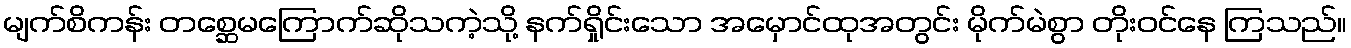
မျက်စိကန်း တစ္ဆေမကြောက်ဆိုသကဲ့သို့ နက်ရှိုင်းသော အမှောင်ထုအတွင်း မိုက်မဲစွာ တိုးဝင်နေ ကြသည်။